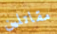
مقاتلين